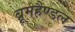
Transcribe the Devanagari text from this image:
ब्रूमहैण्डल